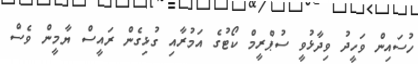
ހުސައިން ވަހީދު ވިދާޅުވީ ސުޕްރީމް ކޯޓުގެ އަމުރާއި ގުޅިގެން ރައީސް ޔާމީން ވެސް